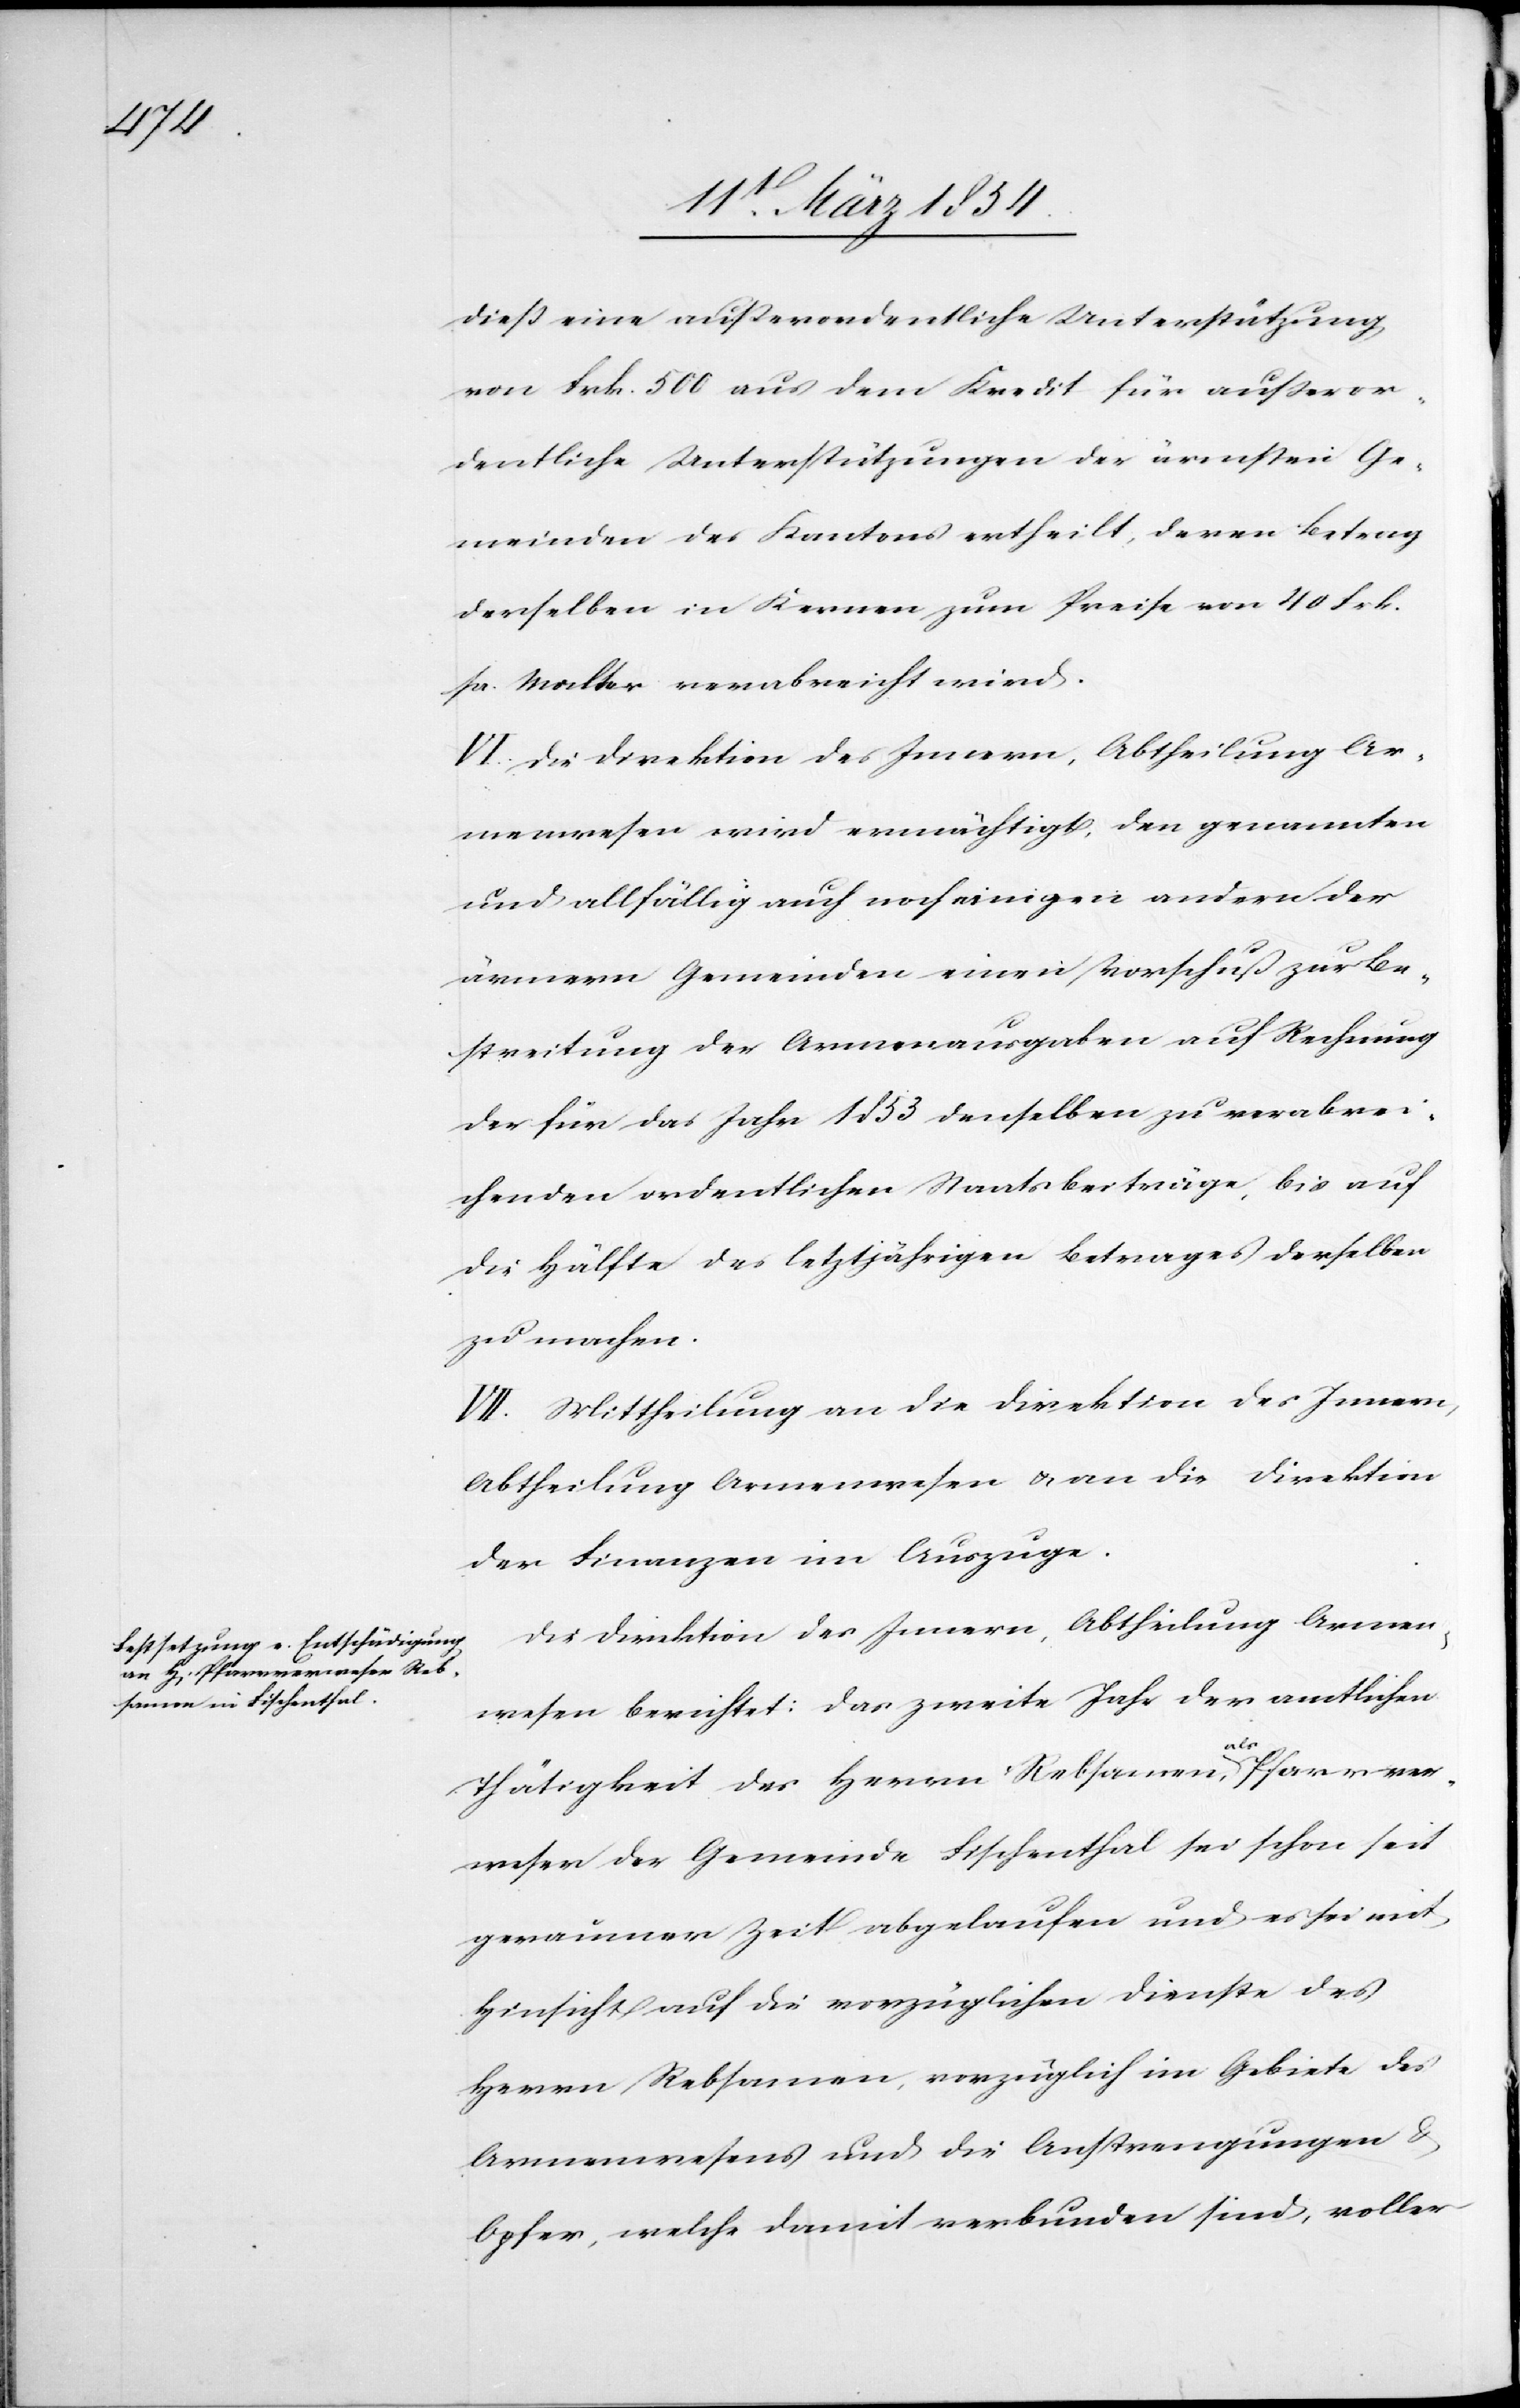
dieß eine außerordentliche Unterstützung
von Frk. 500 aus dem Kredit für außeror¬
dentliche Unterstützungen der ärmsten Ge¬
meinden des Kantons ertheilt, deren Betrag
derselben in Kernen zum Preise von 40 Frk.
pr. Malter verabreicht wird.
VI. Die Direktion des Innern, Abtheilung Ar¬
menwesen wird ermächtigt, den genannten
und allfällig auch noch einigen andern der
ärmern Gemeinden einen Vorschuß zur Be¬
streitung der Armenausgaben auf Rechnung
der für das Jahr 1853 denselben zu verabrei¬
chenden ordentlichen Staatsbeiträge, bis auf
die Hälfte des letztjährigen Betrages derselben
zu machen.
VII. Mittheilung an die Direktion des Innern,
Abtheilung Armenwesen u. an die Direktion
der Finanzen im Auszuge.
Die Direktion des Innern, Abtheilung Armen¬
wesen berichtet: Das zweite Jahr der amtlichen
Thätigkeit des Herrn Rebsamen, a-als-a Pfarrver¬
weser der Gemeinde Fischenthal sei schon seit
geraumer Zeit abgelaufen und es sei mit
Hinsicht auf die vorzüglichen Dienste des
Herrn Rebsamen, vorzüglich im Gebiete des
Armenwesens und die Anstrengungen &
Opfer, welche damit verbunden sind, voller